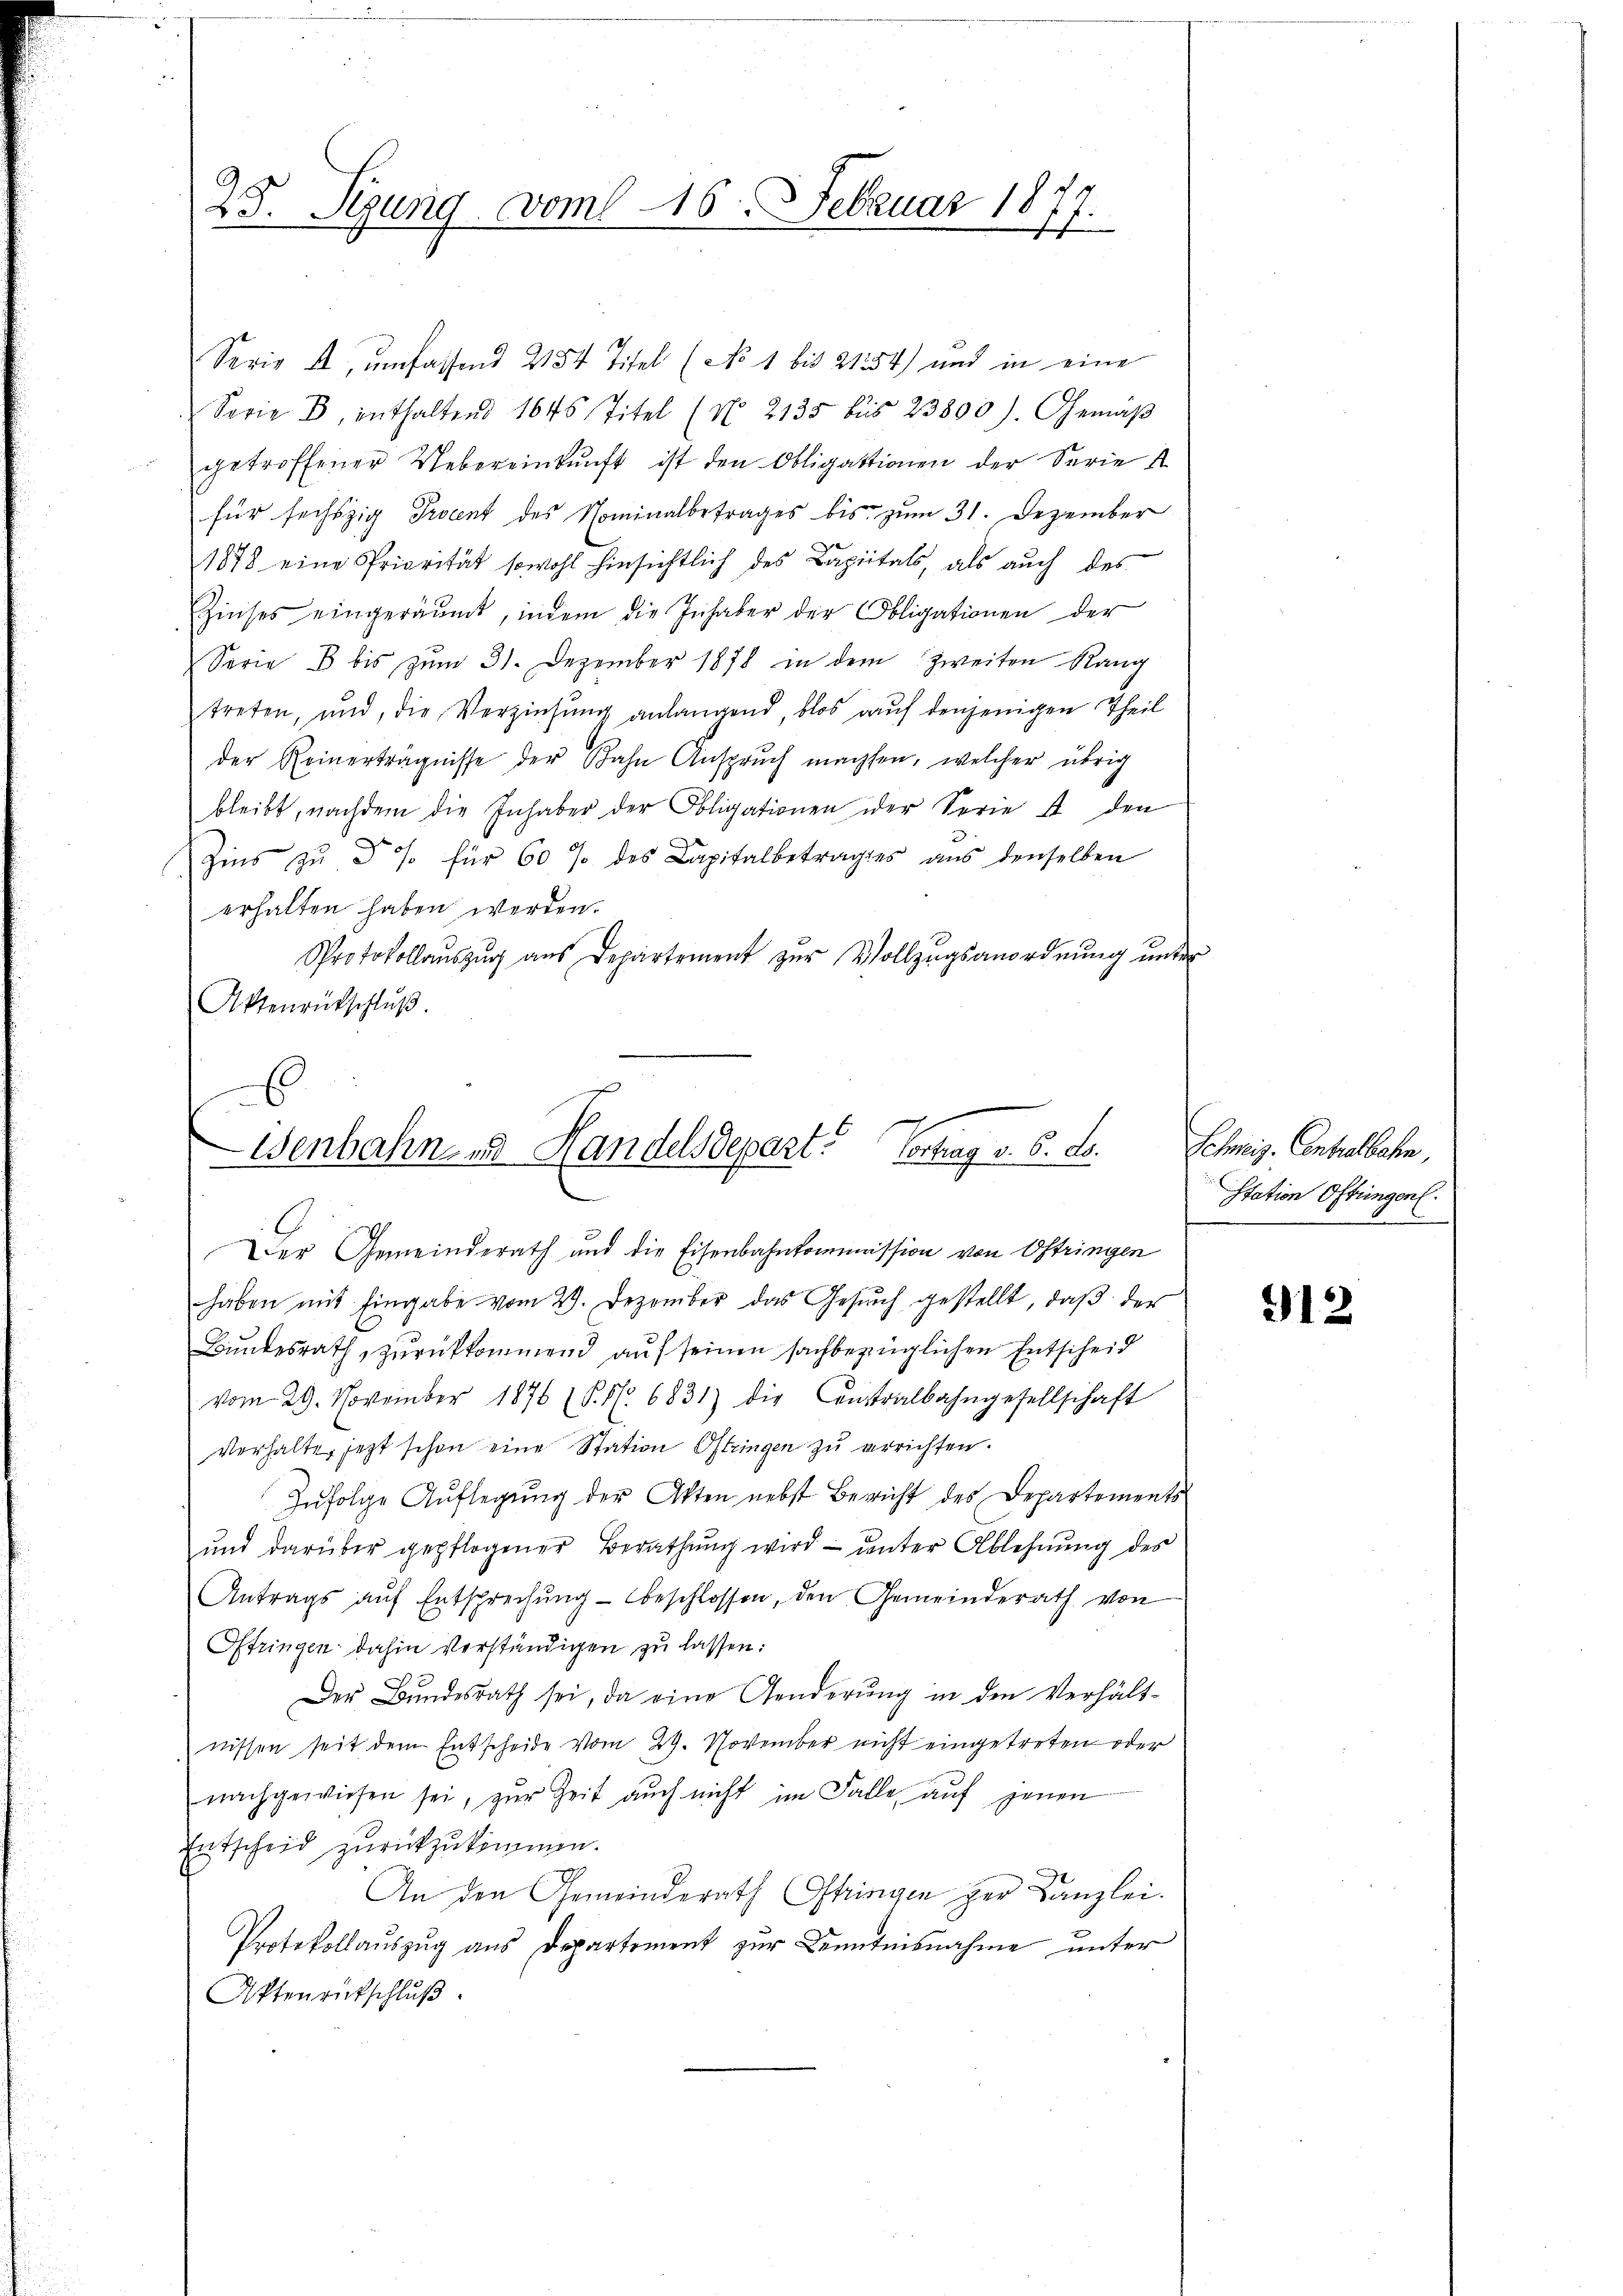
25. Segung vom 16. Februar 18
f

Serie u umfassend 2154 Titel (No 1 bis 21354) und in eine
Serie B. enthaltend 1045 Titel (No. 2135 bis 23800). Gemäβ
getroffener Uebereinkunft ist den Obligationen der Serie i
für sechszig Procent des Nominalbetrages bis zum 31. Dezember
1878 eine Priorität sowohl hinsichtlich des Capitals, als auch des
Zinses eingeräumt, indem die Inhaber der Obligationen der
Sorie 3 bis zum 31. Dezember 1878 in dem zweiten Rang
treten, und, die Verzinsung anlangend, blos auf denjenigen Theil
der Reinerträgnisse der Bahn Ansprŭch machsen, welcher übrig
bleibt, nachdem die Inhaber der Obligationen der Serie 4 den
Zins zŭ Fr. für 60 % des Capitalbetrages aŭs denselben
erhalten haben werden.
Protokollaŭszŭg aŭs Departement zŭr Vollzŭgsanordnŭng ŭnter
Aktenrückschluß.

Der Gemeinderath und die Eisenbahnkommission von Ostringen
haben mit Eingabe vom 29. Dezember das Gesŭch gestellt, daβ der
Bundesrath, zurückkommend auf seinen sachbezüglichen Entscheid
vom 29. November 1876 (S. 16. 6831) die Centralbahngesellschaft
Verhalte, jezt schon eine Station Oftringen zu errichten.
Zufolge Auflegung der Akten nebst Bericht des Departements
und darüber gepflogener Berathŭng wird ŭnter Ablehnŭng des
Antrags auf Entsprechung beschlossen, den Gemeinderath von
Oftringen dahin verständigen zu lassen:
Der Bŭndesrath sei, da eine Genderŭng in den Verhält-
nissen seit dem Entscheide vom 29. November nicht eingetreten oder
nachgewiesen sei, zur Zeit auch nicht im Falle, auf jenen
Entscheid zurückzukommen.
An den Gemeinderath Oftringen der Kanzlei.
Protokollauszug aus Departement zur Kenntnisnahme unter
Aktenrückschlŭβ

6
Wenbahn- und Handelsdepart. Vortrag v. 6. ds.

sherig. Cantortete
station Oftringen.

912